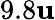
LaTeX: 9.8\mathbf{u}